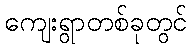
ကျေးရွာတစ်ခုတွင်